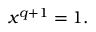
x ^ { q + 1 } = 1 .